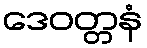
ဒေဝတ္တနံ